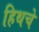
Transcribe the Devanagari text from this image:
हिथचे